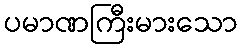
ပမာဏကြီးမားသော